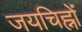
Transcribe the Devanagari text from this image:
जयचिह्नों